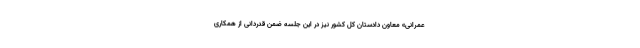
عمرانی» معاون دادستان کل کشور نیز در این جلسه ضمن قدردانی از همکاری